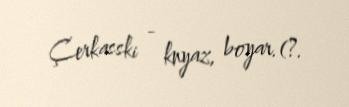
Çerkasski - knyaz, boyar.(?.